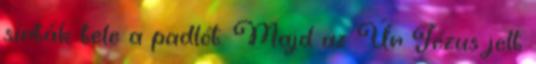
sírták tele a padlót. Majd az Úr Jézus jelt